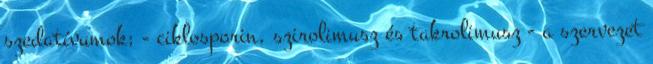
szedatívumok; - ciklosporin, szirolimusz és takrolimusz - a szervezet